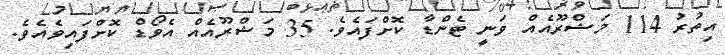
އިތުރު 114 މަޝްރޫއެއް ވަނީ ޓެންޑާ ކޮށްފައެވެ. 35 މަޝްރޫއެއް އެވޯޑް ކޮށްފައިވެއެވެ.